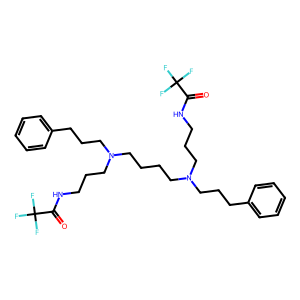
SMILES: O=C(NCCCN(CCCCN(CCCNC(=O)C(F)(F)F)CCCc1ccccc1)CCCc1ccccc1)C(F)(F)F
Inhibits HIV replication: No